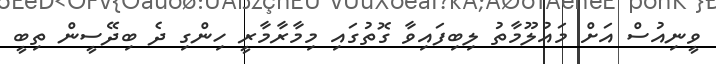
ވީނިއުސް އަށް މައުލޫމާތު ލިބިފައިވާ ގޮތުގައި މިމާރާމާރީ ހިންގި ދެ ބިދޭސީން ތިބީ